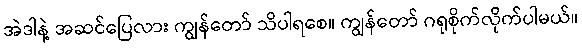
အဲဒါနဲ့ အဆင်ပြေလား ကျွန်တော် သိပါရစေ။ ကျွန်တော် ဂရုစိုက်လိုက်ပါမယ်။